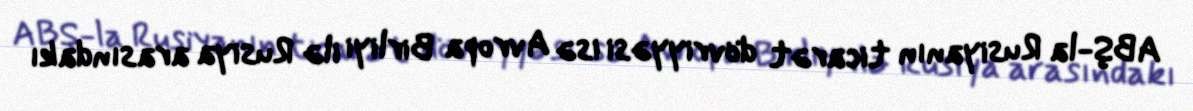
ABŞ-la Rusiyanın ticarət dövriyyəsi isə Avropa Birliyi ilə Rusiya arasındakı